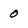
Character: 0